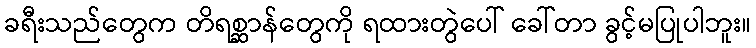
ခရီးသည်တွေက တိရစ္ဆာန်တွေကို ရထားတွဲပေါ် ခေါ်တာ ခွင့်မပြုပါဘူး။